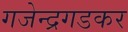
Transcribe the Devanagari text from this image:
गजेन्द्रगडकर